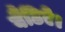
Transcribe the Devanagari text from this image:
बैठिऐ।